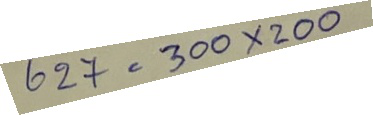
627 = 300 x 200